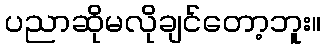
ပညာဆိုမလိုချင်တော့ဘူး။